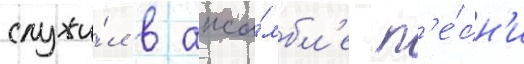
служи́л в анса́мбл'е п'е́сн'и